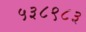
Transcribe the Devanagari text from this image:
५३८९८३